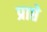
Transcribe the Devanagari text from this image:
प्राप्ते